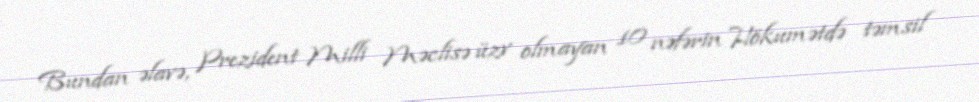
Bundan əlavə, Prezident Milli Məclisə üzv olmayan 10 nəfərin Hökumətdə təmsil